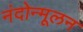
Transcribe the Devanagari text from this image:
नंदोन्मूलन